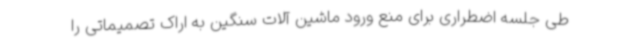
طی جلسه اضطراری برای منع ورود ماشین آلات سنگین به اراک تصمیماتی را